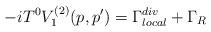
LaTeX: \begin{align*}-iT^{0}V_{1}^{(2)}(p,p^{\prime })=\Gamma _{local}^{div}+\Gamma _{R}\end{align*}